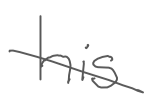
Text: his
Cross-out: diagonal
Writing tool: digital_gray